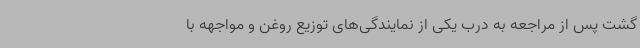
گشت پس از مراجعه به درب یکی از نمایندگی‌های توزیع روغن و مواجهه با